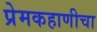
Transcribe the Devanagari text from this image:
प्रेमकहाणीचा